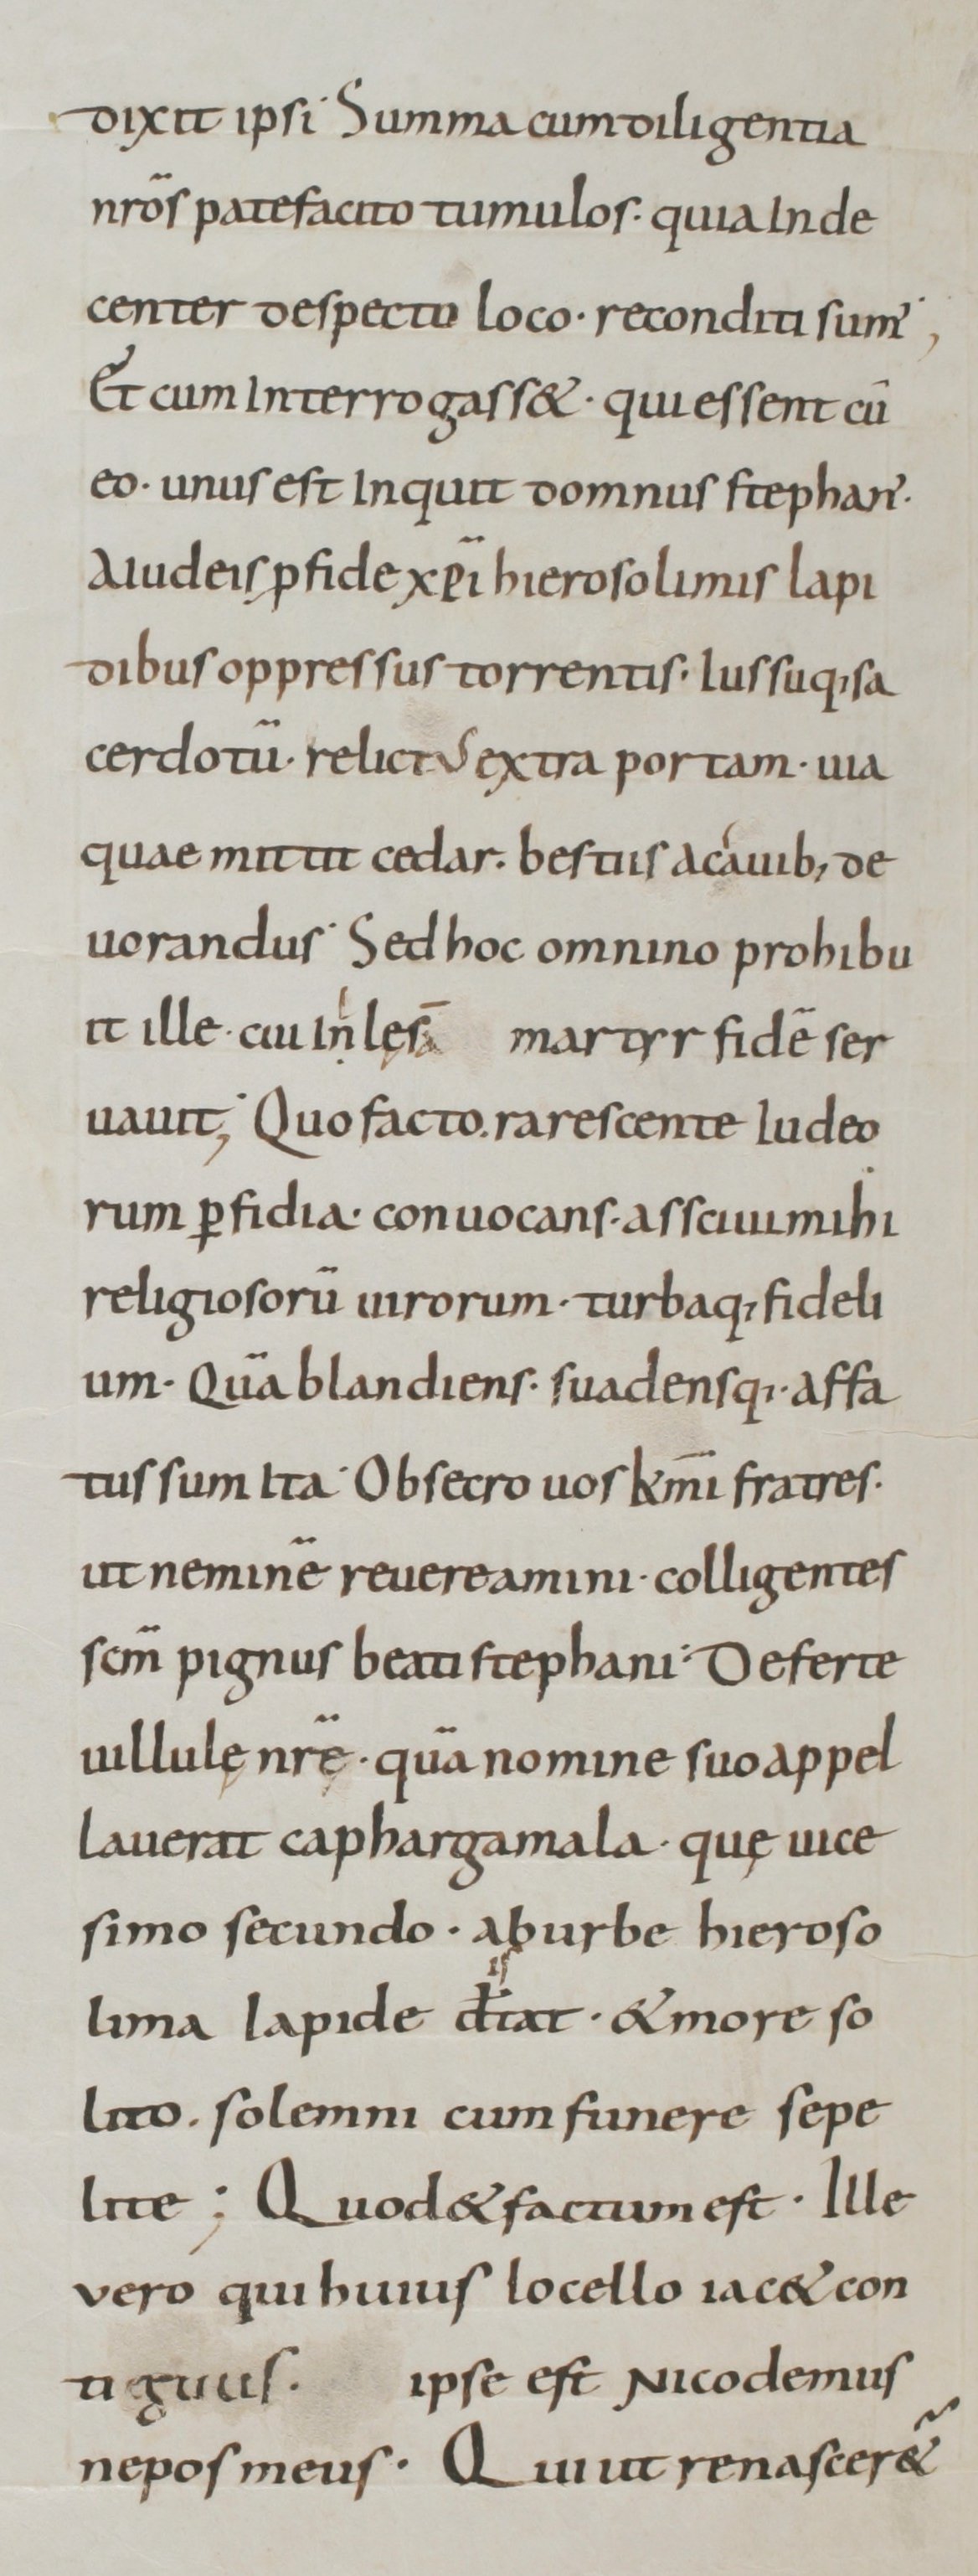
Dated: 800–949